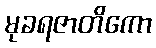
မုခရဇာတိကော